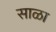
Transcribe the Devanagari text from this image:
साळा